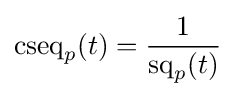
\operatorname {cseq} _{p}(t)={\frac {1}{\operatorname {sq} _{p}(t)}}